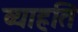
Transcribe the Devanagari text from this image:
व्याह्रति